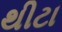
થીટા